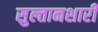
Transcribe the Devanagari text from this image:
सुल्तानशारी